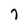
Character: 7